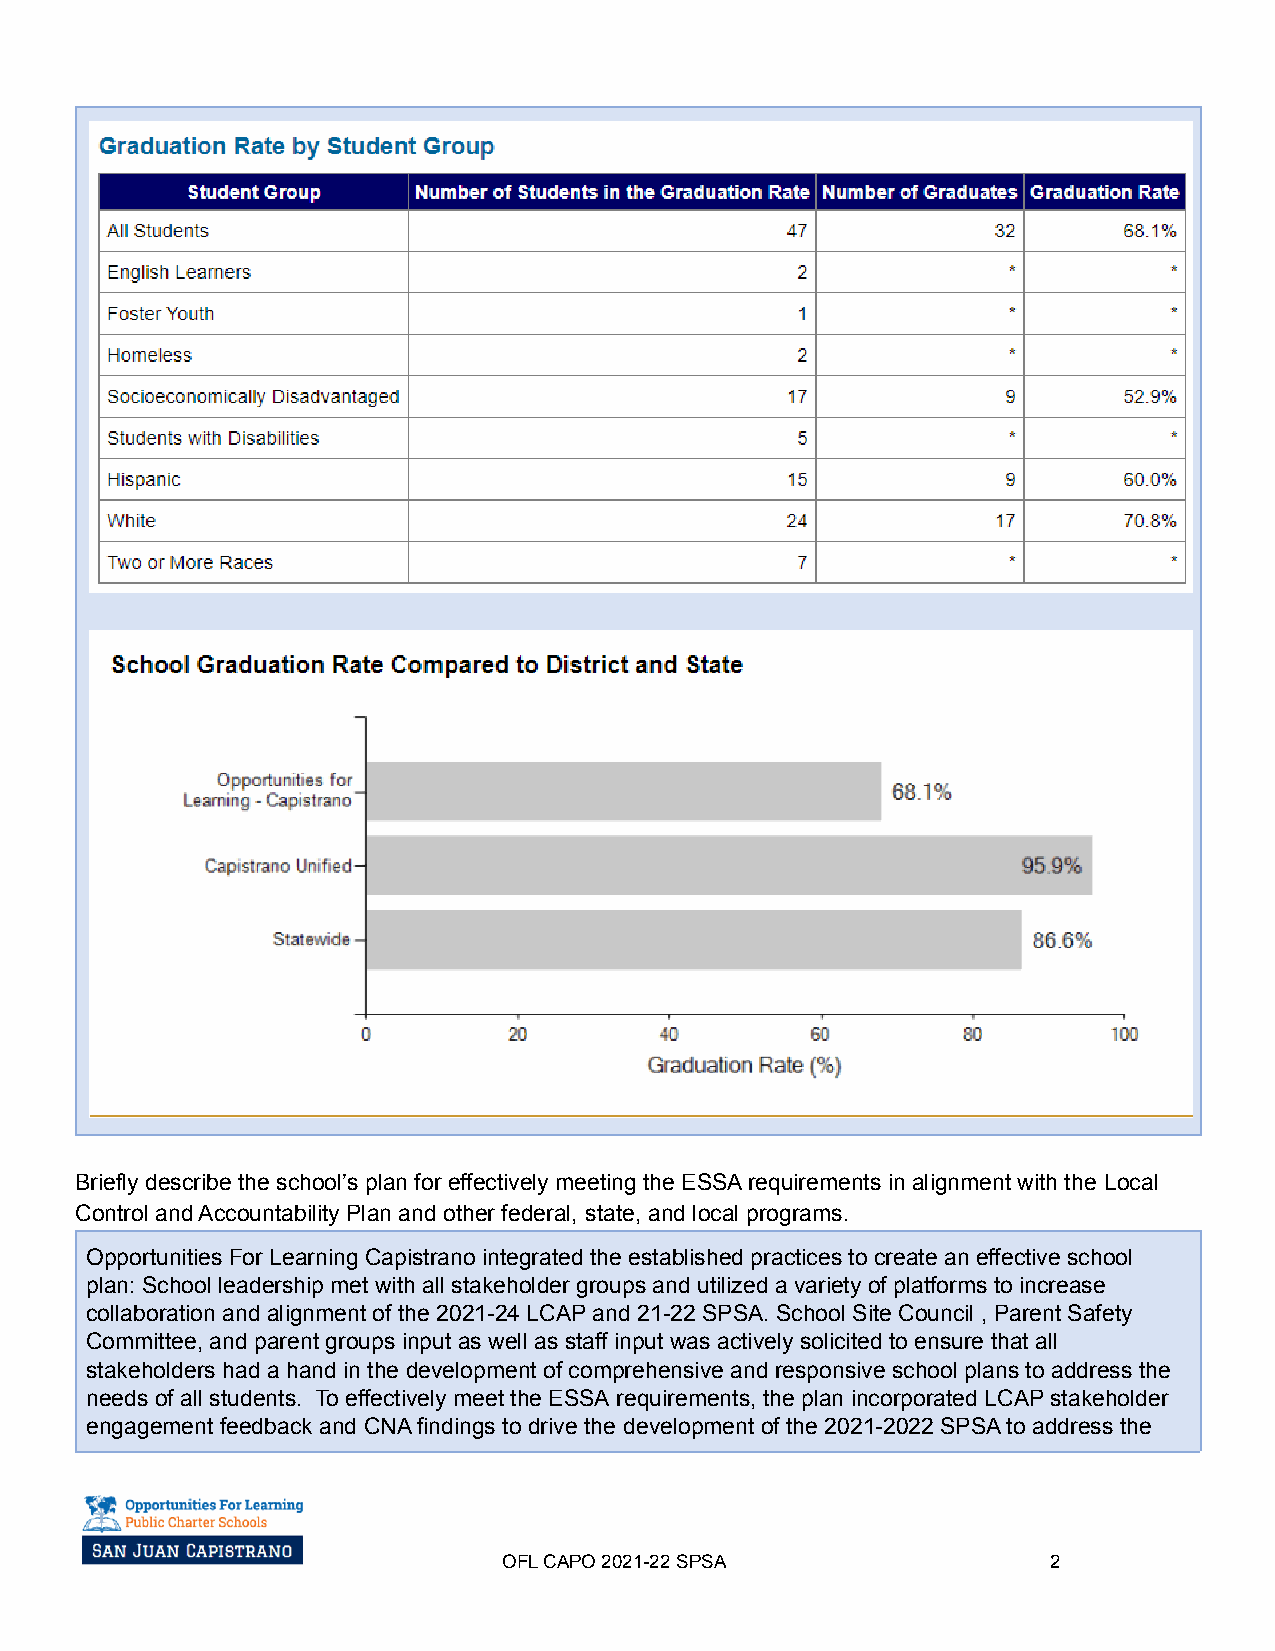
Briefly describe the school’s plan for effectively meeting the ESSA requirements in alignment with the Local
 Control and Accountability Plan and other federal, state, and local programs.
 Opportunities For Learning Capistrano integrated the established practices to create an effective school
 plan: School leadership met with all stakeholder groups and utilized a variety of platforms to increase
 collaboration and alignment of the 2021-24 LCAP and 21-22 SPSA. School Site Council , Parent Safety
 Committee, and parent groups input as well as staff input was actively solicited to ensure that all
 stakeholders had a hand in the development of comprehensive and responsive school plans to address the
 needs of all students. To effectively meet the ESSA requirements, the plan incorporated LCAP stakeholder
 engagement feedback and CNA findings to drive the development of the 2021-2022 SPSA to address the
 OFL CAPO 2021-22SPSA                 2